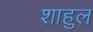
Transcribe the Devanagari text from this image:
शाहुल